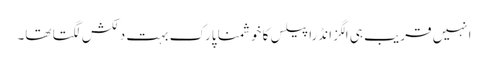
انہیں قریب ہی الگزانڈرا پیلس کا خوشمنا پارک بہت دلکش لگتا تھا۔